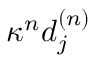
\kappa ^ { n } d _ { j } ^ { ( n ) }